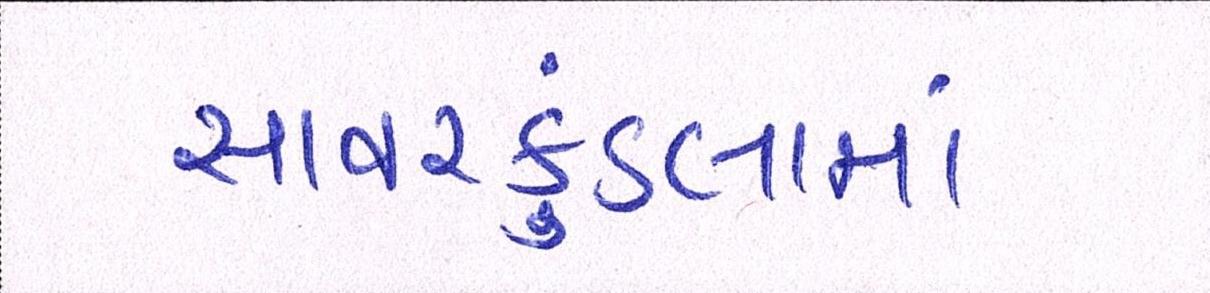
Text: સાવરકુંડલામાં